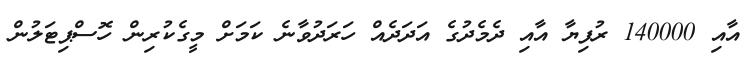
އާއި 140000 ރުފިޔާ އާއި ދެމެދުގެ އަދަދެއް ހަރަދުވާނެ ކަމަށް މީގެކުރިން ހޮސްޕިޓަލުން